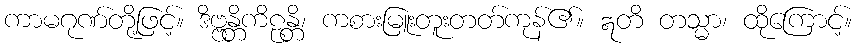
ကာမဂုဏ်တို့ဖြင့်။ ဒိဗ္ဗန္တိကိဠန္တိ၊ ကစားမြူးတူးတတ်ကုန်၏။ ဣတိ တသ္မာ၊ ထိုကြောင့်။